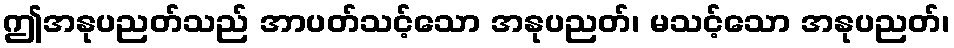
ဤအနုပညတ်သည် အာပတ်သင့်သော အနုပညတ်၊ မသင့်သော အနုပညတ်၊